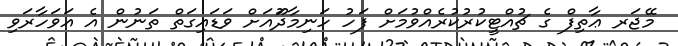
މޭޖަރ ޢާތިފް ގެ ޗުއްޓީކުރުކުރެއްވުމަށް ފަހު ހަނިމާދޫައަށް ވަޑައިގަތް ތަނުން އެ އަވަހާރަވި